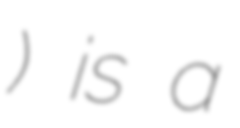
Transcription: Чиково) is a